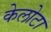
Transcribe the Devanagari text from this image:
केलोटा